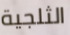
الثلجية